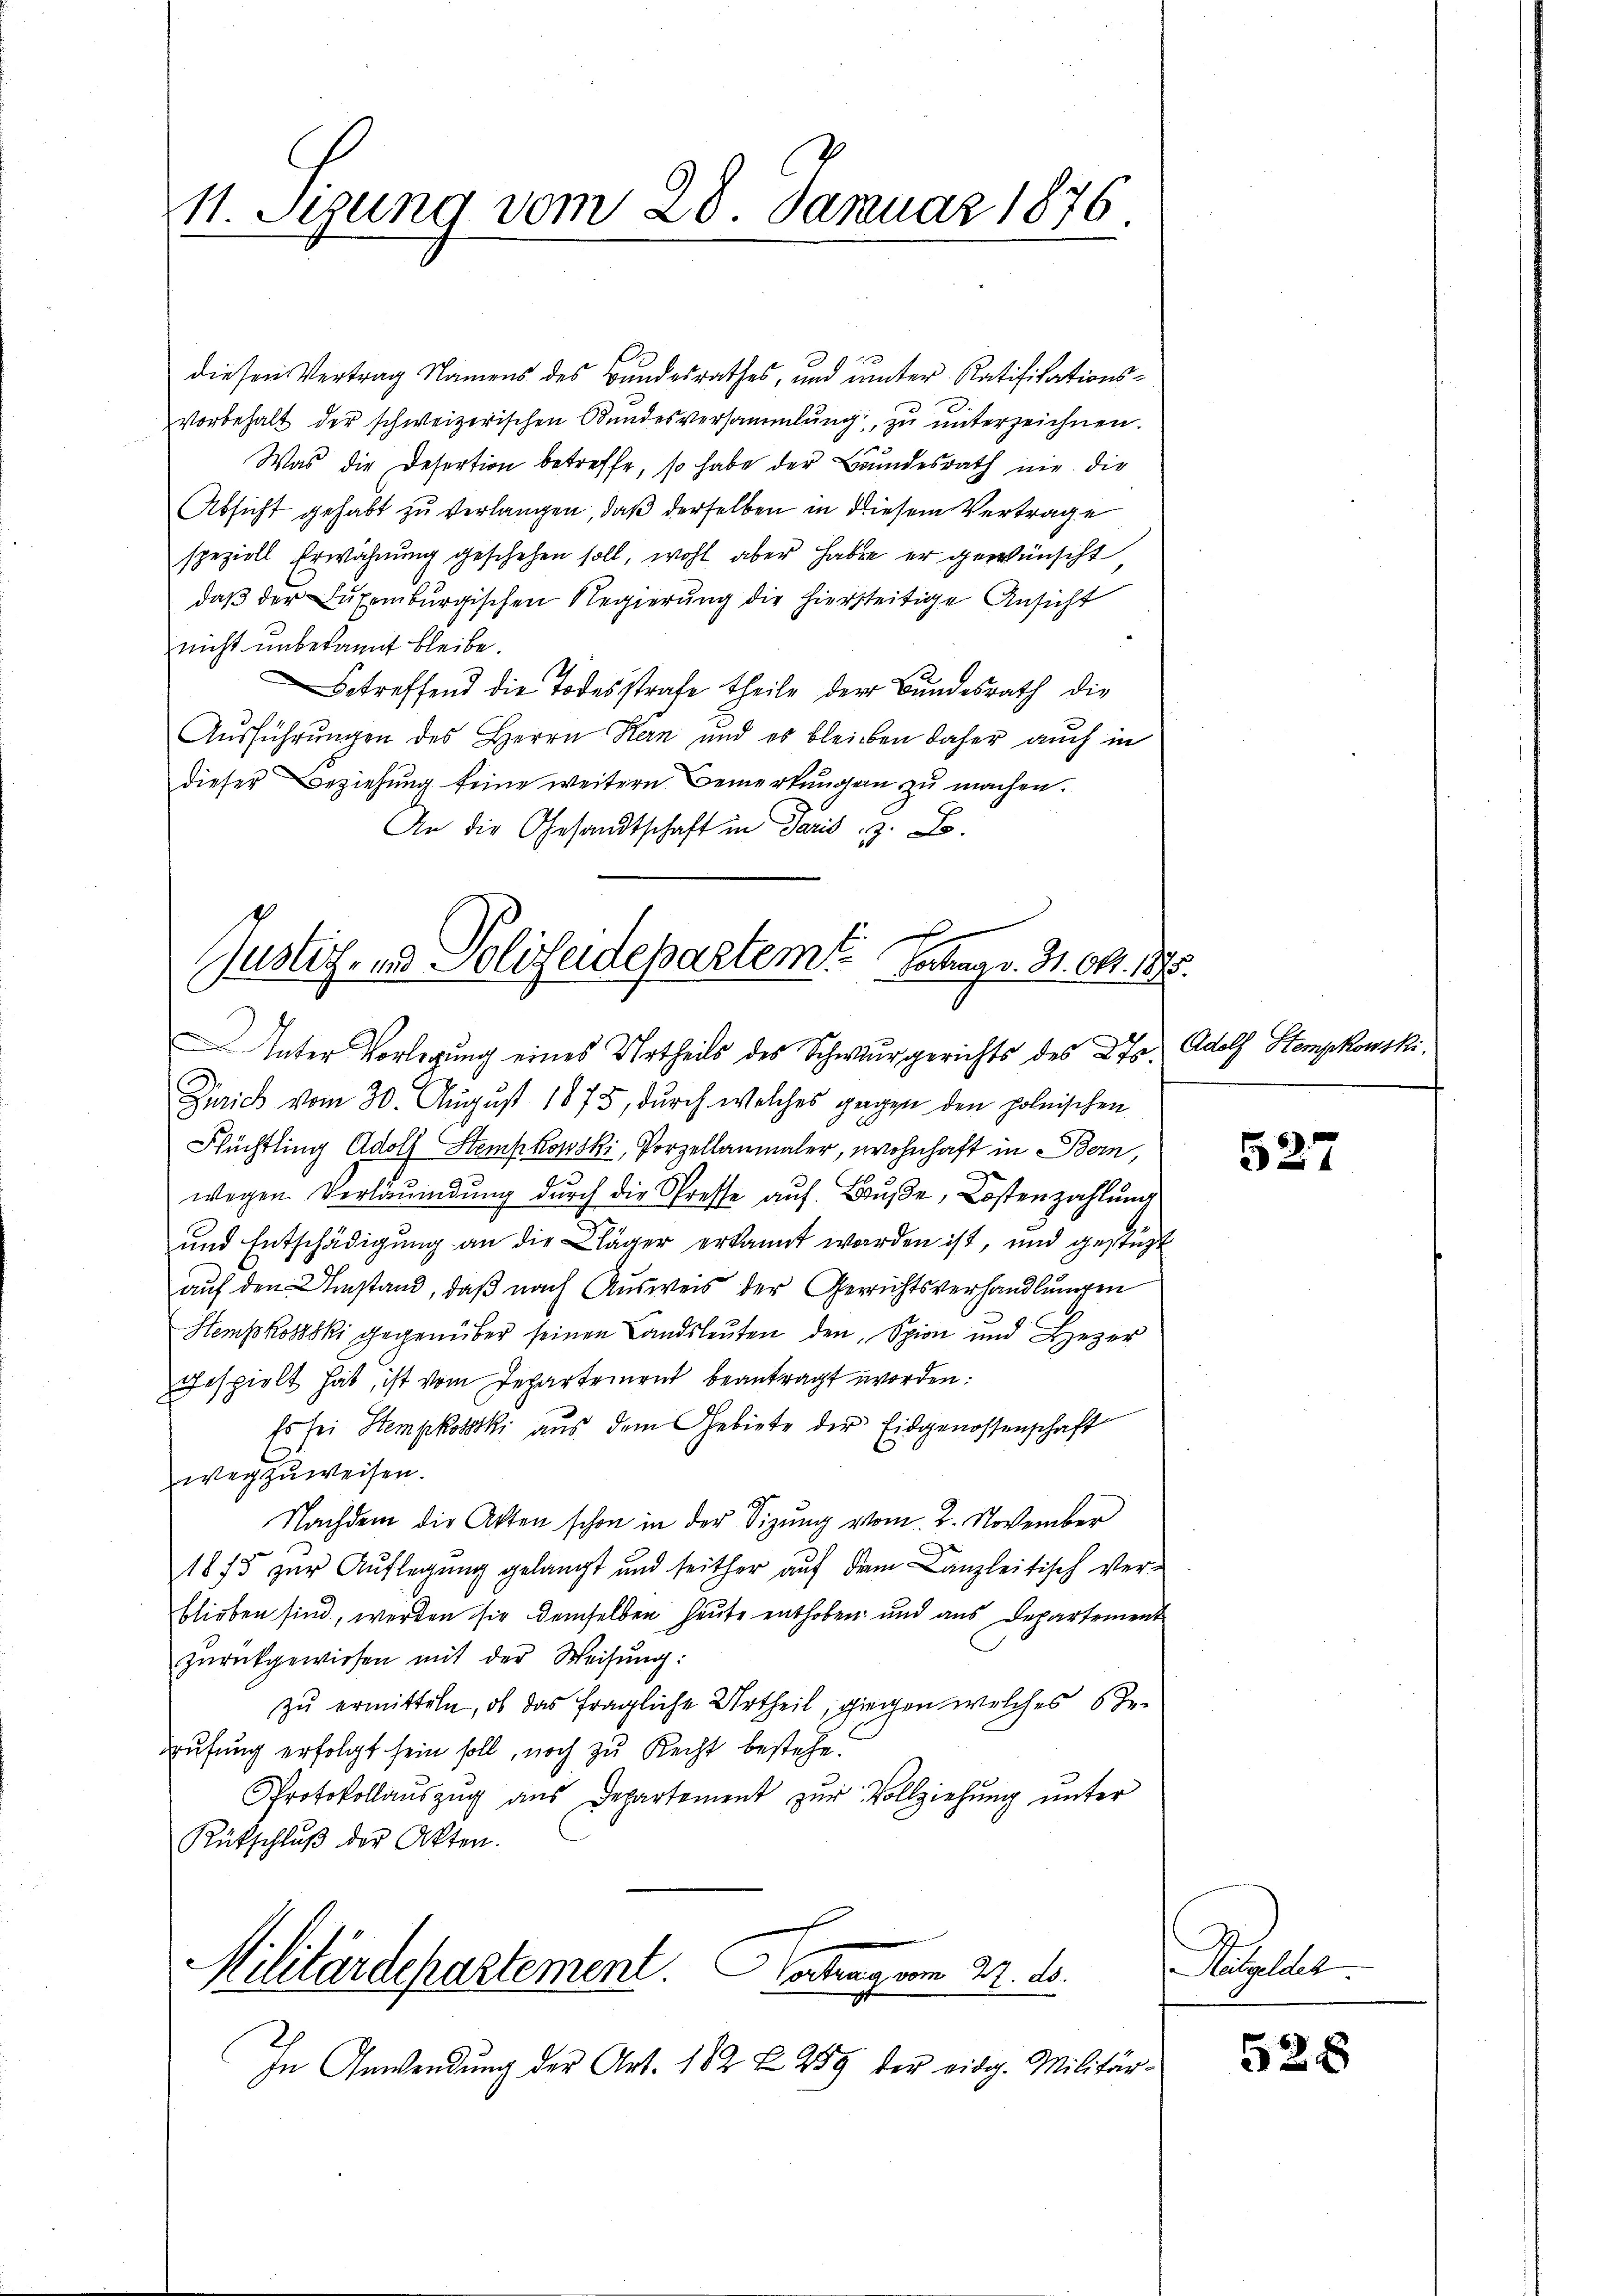
11. Stund vom 28. Januar 1876

diesen Vertrag Namens des Bundesrathes, und unter Ratifikationsvorbehalt der schweizerischen Bundesversammlung, zu unterzeichnen.
Was die Desertion betreffe, so habe der Bundesrath nie die
Absicht gehabt zu verlangen, daß derselben in diesem Vertrage
speziell Erwähnung geschehen soll, wohl aber haben er gewünscht
daß der Luxenburgischen Regierung die hiersseitige Ansicht
nicht unbekannt bleibe.
Betreffend die Todesstrafe theile der Bundesrath die
Ausführungen des Herrn Kern und es bleiben daher auch in
dieser Beziehung seine weitere Bemerkungen zu machen.
An die Gesandtschaft in Paris z. B.

f
Justiz- und Polizeidepartem Verhag v. 31. Okt. 18
Inter Vorlegung eines Urtheils des Schwurgerichts des 27.

Zürich vom 30. August 1875, durch welches gegen den polnischen
Flüchtling Adolf Stempkowski, Porzellanmaler, wohnhaft in Bern,
wegen Verläumdung dŭrch die Tresse aŭf Bŭβe, Kostenzahlung
und Entschädigung an die Kläger erkannt worden ist, und gestüzt
auf den Umstand, daß nach Ausweis der Gerichtsverhandlungen
Hempkosski gegenüber seinen Landsleuten den Spion und Lezer
gespielt hat, ist vom Departement beantragt worden:
Es sei Stempkoski aus dem Gebiete der Eidgenossenschaft
wegzuweisen.
Nachdem die Akten schon in der Sizung vom 2. November
1875 zur Auflegung gelangt und seither auf dem Canzleitisch ver-
blieben sind, werden sie demselben heute enthoben und aus Departement
zŭrückgewiesen mit der Weisung:
zu ermitteln, ob das fragliche Urtheil, gegen welches Serufung erfolgt sein soll, noch zu Recht bestehe.
Protokollauszug aus Departement zur Vollziehung unter
Rükschlŭβ der Akten.

Militärdepartement achtrag vom 24. ds.

o

Adolf Stempkowski.

In Anwendung der Art. 182 § 259 der eidg. Militär¬

527

Popula

528